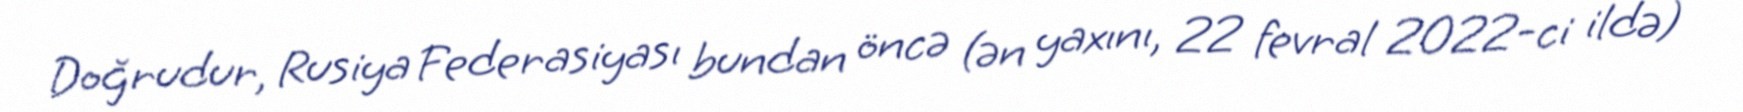
Doğrudur, Rusiya Federasiyası bundan öncə (ən yaxını, 22 fevral 2022-ci ildə)